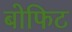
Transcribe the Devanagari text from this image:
बोफिट